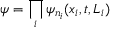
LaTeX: \psi = \prod _ { i } \psi _ { n _ { i } } ( x _ { i } , t , L _ { i } )